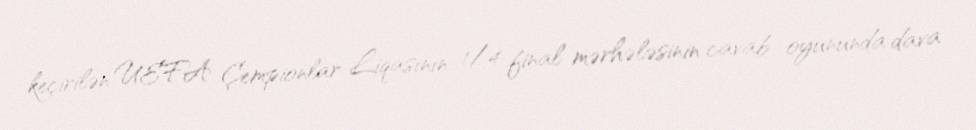
keçirilən UEFA Çempionlar Liqasının 1/4 final mərhələsinin cavab oyununda dava